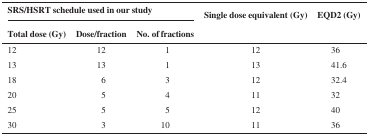
<table><thead><tr><td colspan="3"><b>SRS/HSRT schedule used in our study</b></td><td><b>Single dose equivalent (Gy)</b></td><td><b>EQD2 (Gy)</b></td></tr><tr><td><b>Total dose (Gy)</b></td><td><b>Dose/fraction</b></td><td><b>No. of fractions</b></td><td></td><td></td></tr></thead><tbody><tr><td>12</td><td>12</td><td>1</td><td>12</td><td>36</td></tr><tr><td>13</td><td>13</td><td>1</td><td>13</td><td>41.6</td></tr><tr><td>18</td><td>6</td><td>3</td><td>12</td><td>32.4</td></tr><tr><td>20</td><td>5</td><td>4</td><td>11</td><td>32</td></tr><tr><td>25</td><td>5</td><td>5</td><td>12</td><td>40</td></tr><tr><td>30</td><td>3</td><td>10</td><td>11</td><td>36</td></tr></tbody></table>